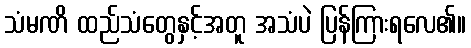
သံမဏိ ထည်သံတွေနှင့်အတူ အသံပဲ ပြန်ကြားရလေ၏။